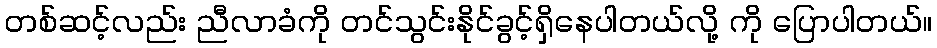
တစ်ဆင့်လည်း ညီလာခံကို တင်သွင်းနိုင်ခွင့်ရှိနေပါတယ်လို့ ကို ပြောပါတယ်။